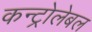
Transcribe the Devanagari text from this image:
कन्ट्रोलेबल